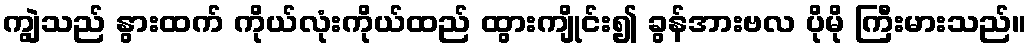
ကျွဲသည် နွားထက် ကိုယ်လုံးကိုယ်ထည် ထွားကျိုင်း၍ ခွန်အားဗလ ပိုမို ကြီးမားသည်။